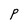
Character: P